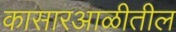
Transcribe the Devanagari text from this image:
कासारआळीतील